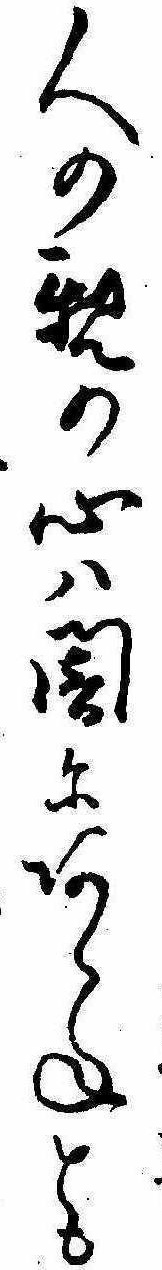
人の親の心は闇にあらねとも